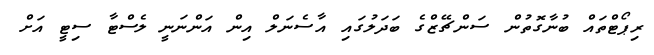
ރިޕޯޓްތައް ބުނާގޮތުން ސަންޗޭޒްގެ ބަދަލުގައި އާސެނަލް އިން އަންނަނީ ލެސްޓާ ސިޓީ އަށް